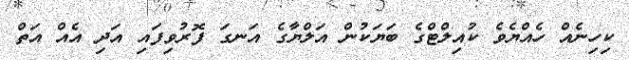
ކިހިނެއް ހެއްޔެވެ ކުއިލްޓްގެ ބަޔަކުން އަލްޔާގެ އަނގަ ފޮރުވިފައި އަދި އެއް އަތް